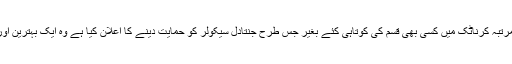
دراصل کانگریس نے اس مرتبہ کرناٹک میں کسی بھی قسم کی کوتاہی کئے بغیر جس طرح جنتادل سیکولر کو حمایت دینے کا اعلان کیا ہے وہ ایک بہترین اور کامیاب حکمت عملی ہے۔